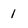
Character: 1